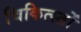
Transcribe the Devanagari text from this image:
चिकित्स्तों